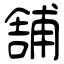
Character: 舗